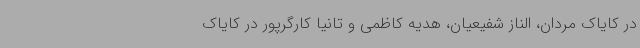
در کایاک مردان، الناز شفیعیان، هدیه کاظمی و تانیا کارگرپور در کایاک